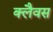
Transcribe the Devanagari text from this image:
क्लैवस